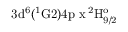
\mathrm { 3 d ^ { 6 } ( ^ { 1 } G 2 ) 4 p \ x \, ^ { 2 } H _ { 9 / 2 } ^ { o } }